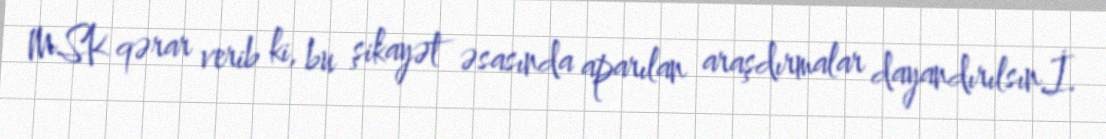
MSK qərar verib ki, bu şikayət əsasında aparılan araşdırmalar dayandırılsın.İ.